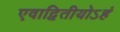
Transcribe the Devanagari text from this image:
एवाद्वितीयोऽहं